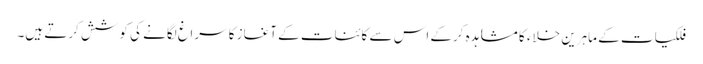
فلکیات کے ماہرین خلاء کا مشاہدہ کرکے اس سے کائنات کے آغاز کا سراغ لگانے کی کوشش کرتے ہیں۔